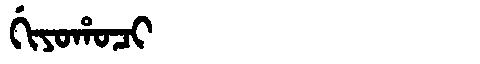
Manchu: ᡤᡳᠶᠣᡥᠣᠴᡳ
Romanization: GIYOHOCI